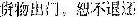
***